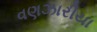
વણઝારીયા